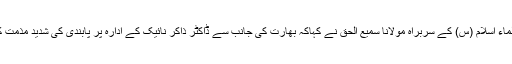
جمعیت علماء اسلام (س) کے سربراہ مولانا سمیع الحق نے کہاکہ بھارت کی جانب سے ڈاکٹر ذاکر نائیک کے ادارہ پر پابندی کی شدید مذمت کرتے ہیں۔